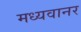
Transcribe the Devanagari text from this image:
मध्यवानर